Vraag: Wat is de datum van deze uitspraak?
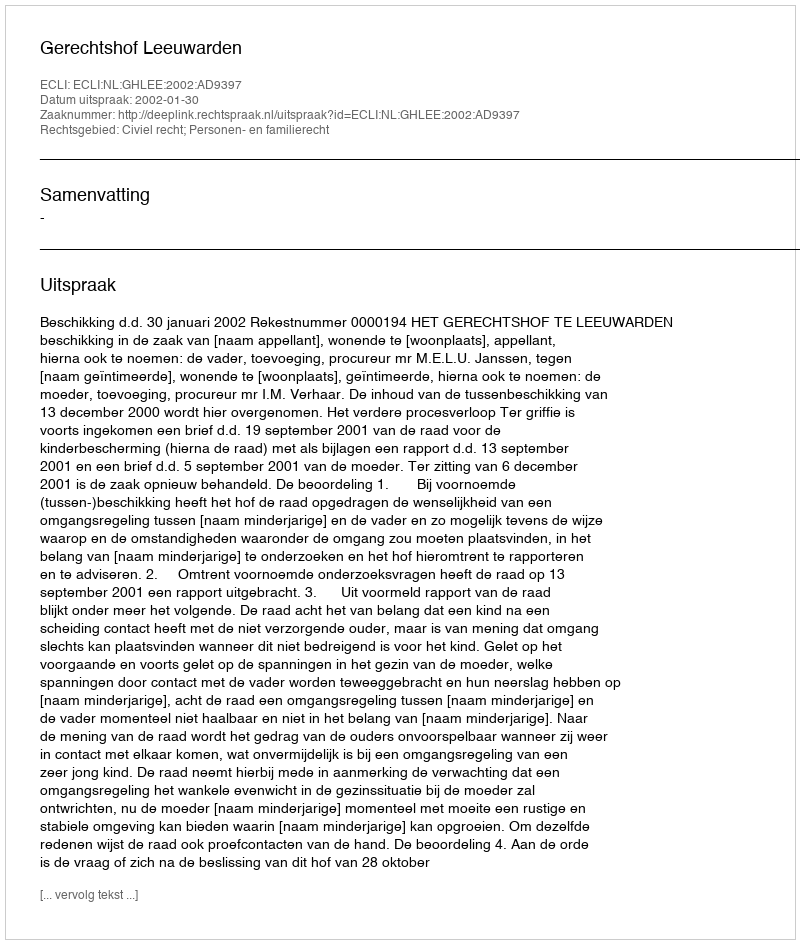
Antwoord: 2002-01-30